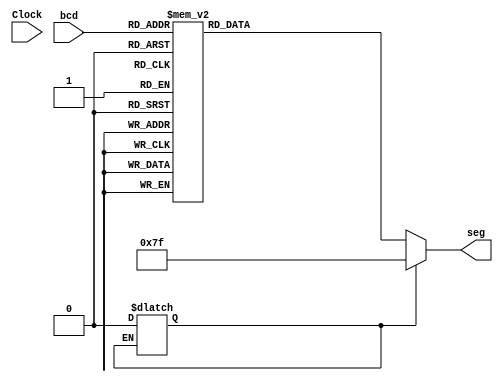
module Contato1	(
  input      [3:0] bcd,
  output reg [6:0] seg,
  input Clock
);

integer contador = 1;

always @(*) begin
	if(contador) begin
		contador = 0;
		seg = 7'b1111111;
	end
	else begin
		case(bcd)
			4'b0000   : seg = 7'b1000000;
			4'b0001   : seg = 7'b1111001;
			4'b0010   : seg = 7'b0100100;
			4'b0011   : seg = 7'b0110000;
			4'b0100   : seg = 7'b0011001;
			4'b0101   : seg = 7'b0010010;
			4'b0110   : seg = 7'b0000010;
			4'b0111   : seg = 7'b1111000;
			4'b1000   : seg = 7'b0000000;
			4'b1001   : seg = 7'b0011000;
			4'b1111   : seg = 7'b0001001; //Halt
		 default     : seg = 7'b1111111;
		endcase
	end
end

endmodule